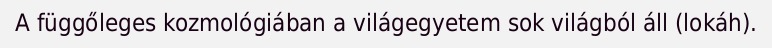
A függőleges kozmológiában a világegyetem sok világból áll (lokáh).